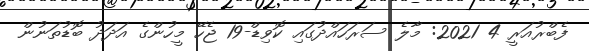
ފެބްރުއަރީ 4 2021: މާލެ ސަރަހައްދުގައި ކޮވިޑް-19 ޖެހޭ މީހުންގެ އަދަދު ބޮޑުތަނުން